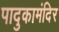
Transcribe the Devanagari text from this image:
पादुकामंदिर